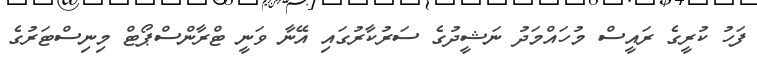
ފަހު ކުރީގެ ރައީސް މުހައްމަދު ނަޝީދުގެ ސަރުކާރުގައި އޭނާ ވަނީ ޓްރާންސްޕޯޓް މިިނިސްޓަރުގެ